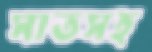
সাতসহ